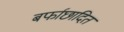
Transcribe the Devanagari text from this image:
बर्फाछादित